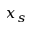
x _ { s }